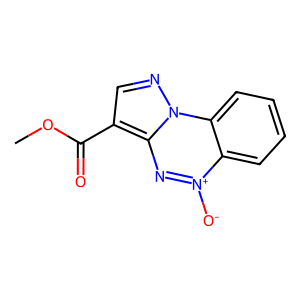
SMILES: COC(=O)c1cnn2c1n[n+]([O-])c1ccccc12
Inhibits HIV replication: No